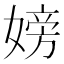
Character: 嫎